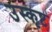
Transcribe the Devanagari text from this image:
उस्कृष्ट